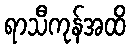
ရာသီကုန်အထိ